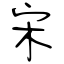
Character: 宋